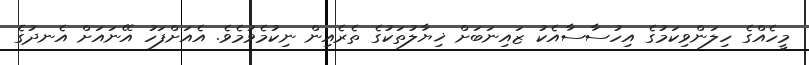
މީހެއްގެ ހިލަންވިކަމުގެ އިހުސާސާއެކު ޒައިނަބަށް ޚިޔާލުތަކުގެ ތެރެއިން ނިކުމެވުމެވެ. އެއަށްފަހު އޭނައަށް އެނދުގެ